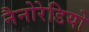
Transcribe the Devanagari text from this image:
नैनोरेडियो